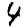
Digit: 4